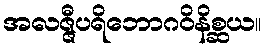
အလဇ္ဇီပရိဘောဂဝိနိစ္ဆယ။